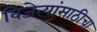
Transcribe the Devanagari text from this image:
विजेत्यांसाठीचा